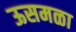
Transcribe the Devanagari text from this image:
ऊसमळा